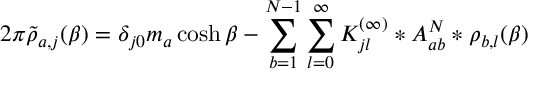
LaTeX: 2 \pi \widetilde { \rho } _ { a , j } ( \beta ) = \delta _ { j 0 } m _ { a } \cosh \beta - \sum _ { b = 1 } ^ { N - 1 } \sum _ { l = 0 } ^ { \infty } { K _ { j l } ^ { ( \infty ) } } * A _ { a b } ^ { N } * \rho _ { b , l } ( \beta )